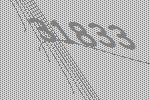
31833